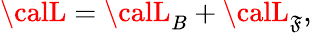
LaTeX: {\calL}={\calL}_{B}+{\calL}_{\mathfrak{F}},